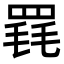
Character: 𦋋